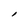
Character: I